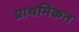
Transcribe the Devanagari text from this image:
प्राथमिकत